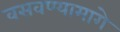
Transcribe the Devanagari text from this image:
वसवण्यामागे